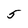
Character: 5